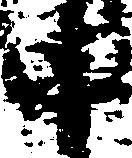
中